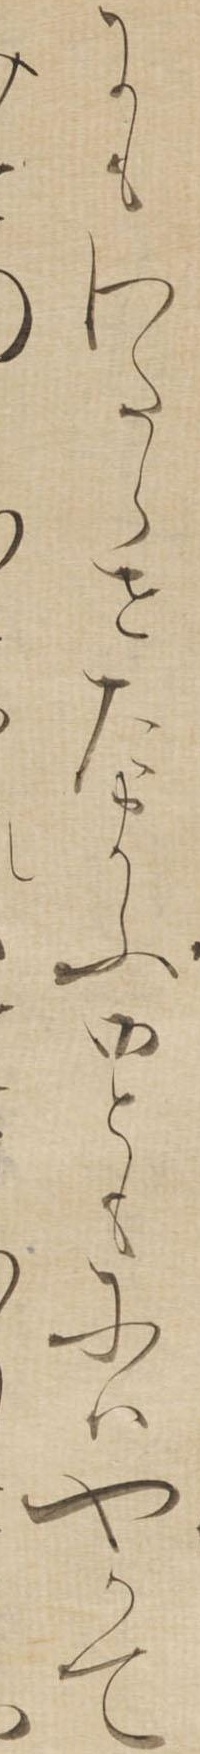
にもわたらせたまふ御ともにはやかて